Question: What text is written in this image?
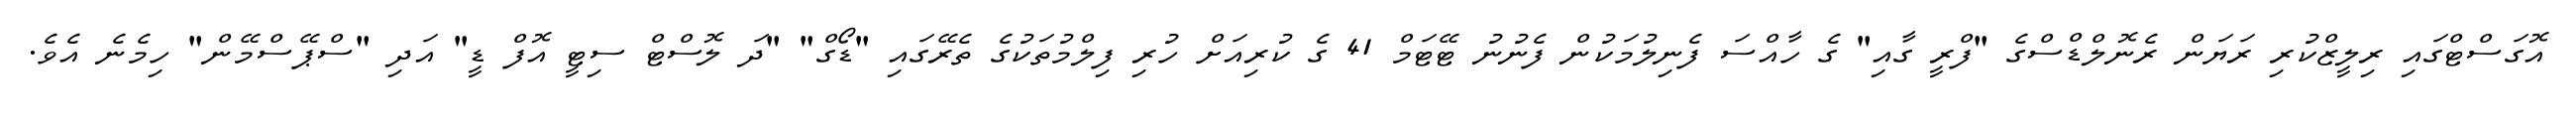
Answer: އޮގަސްޓްގައި ރިލީޒްކުރި ރަޔަން ރެނޮލްޑްސްގެ "ފްރީ ގާއި" ގެ ހާއްސަ ފެނިލުމަކުން ފެނުނު ޓޭޓަމް 41 ގެ ކުރިއަށް ހުރި ފިލްމުތަކުގެ ތެރޭގައި "ޑޯގް" "ދަ ލޮސްޓް ސިޓީ އޮފް ޑީ" އަދި "ސްޕޭސްމޭން" ހިމެނެ އެވެ.